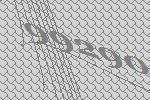
99290